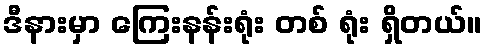
ဒီနားမှာ ကြေးနန်းရုံး တစ် ရုံး ရှိတယ်။